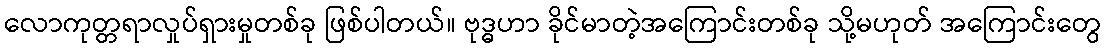
လောကုတ္တရာလှုပ်ရှားမှုတစ်ခု ဖြစ်ပါတယ်။ ဗုဒ္ဓဟာ ခိုင်မာတဲ့အကြောင်းတစ်ခု သို့မဟုတ် အကြောင်းတွေ